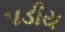
પડીય